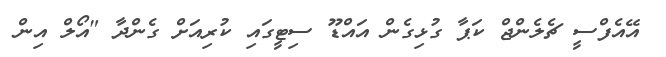
އޭއެފްސީ ޗެލެންޖް ކަޕާ ގުޅިގެން އައްޑޫ ސިޓީގައި ކުރިއަށް ގެންދާ "އޯލް އިން